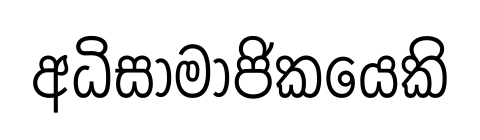
අධිසාමාජිකයෙකි